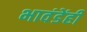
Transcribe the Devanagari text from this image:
भावंडेंही